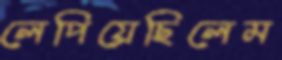
লেপিয়েছিলেম